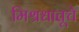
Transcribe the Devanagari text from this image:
मिश्रधातूचे